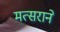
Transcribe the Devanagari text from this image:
मत्सराने